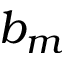
b _ { m }